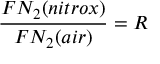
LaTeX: { \frac { F N _ { 2 } ( n i t r o x ) } { F N _ { 2 } ( a i r ) } } = R